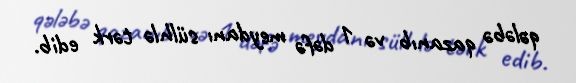
qələbə qazanıb və 1 dəfə meydanı sülhlə tərk edib.